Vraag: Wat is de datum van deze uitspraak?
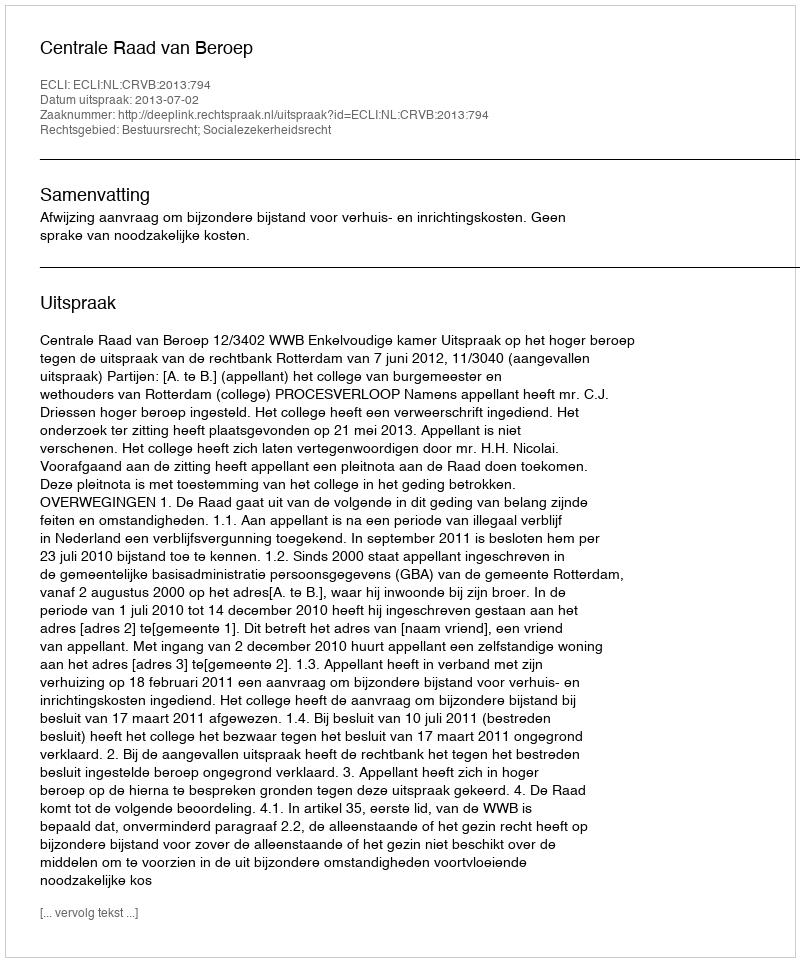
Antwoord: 2013-07-02